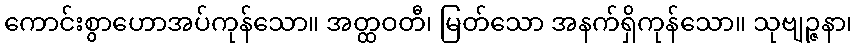
ကောင်းစွာဟောအပ်ကုန်သော။ အတ္ထဝတီ၊ မြတ်သော အနက်ရှိကုန်သော။ သုဗျဉ္ဇနာ၊